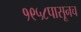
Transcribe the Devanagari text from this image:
१९५८पासूनच